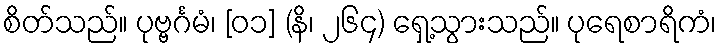
စိတ်သည်။ ပုဗ္ဗင်္ဂမံ၊ [၀၁] (နိ၊ ၂၆၄) ရှေ့သွားသည်။ ပုရေစာရိကံ၊